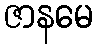
ဇာနမေ